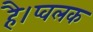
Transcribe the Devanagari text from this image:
है।प्वलक